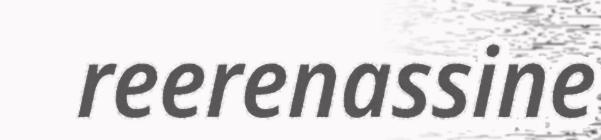
reerenassine